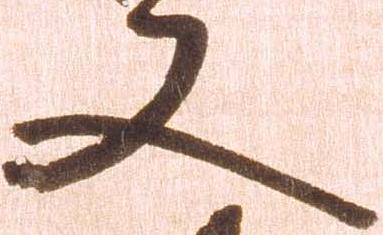
又